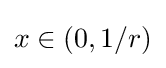
{\textstyle x\in (0,1/r)}